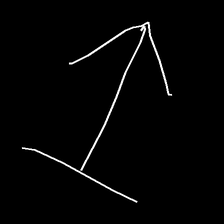
Glyph: levitation